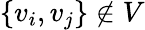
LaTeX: \{ v_{i},v_{j}\} \not\in V